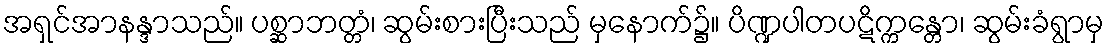
အရှင်အာနန္ဒာသည်။ ပစ္ဆာဘတ္တံ၊ ဆွမ်းစားပြီးသည် မှနောက်၌။ ပိဏ္ဍပါတပဋိက္ကန္တော၊ ဆွမ်းခံရွာမှ